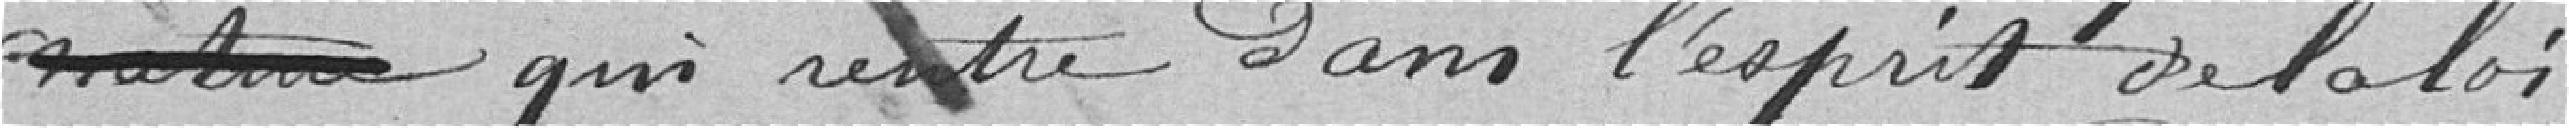
xxxxxx qui rentre dans l'esprit de la loi